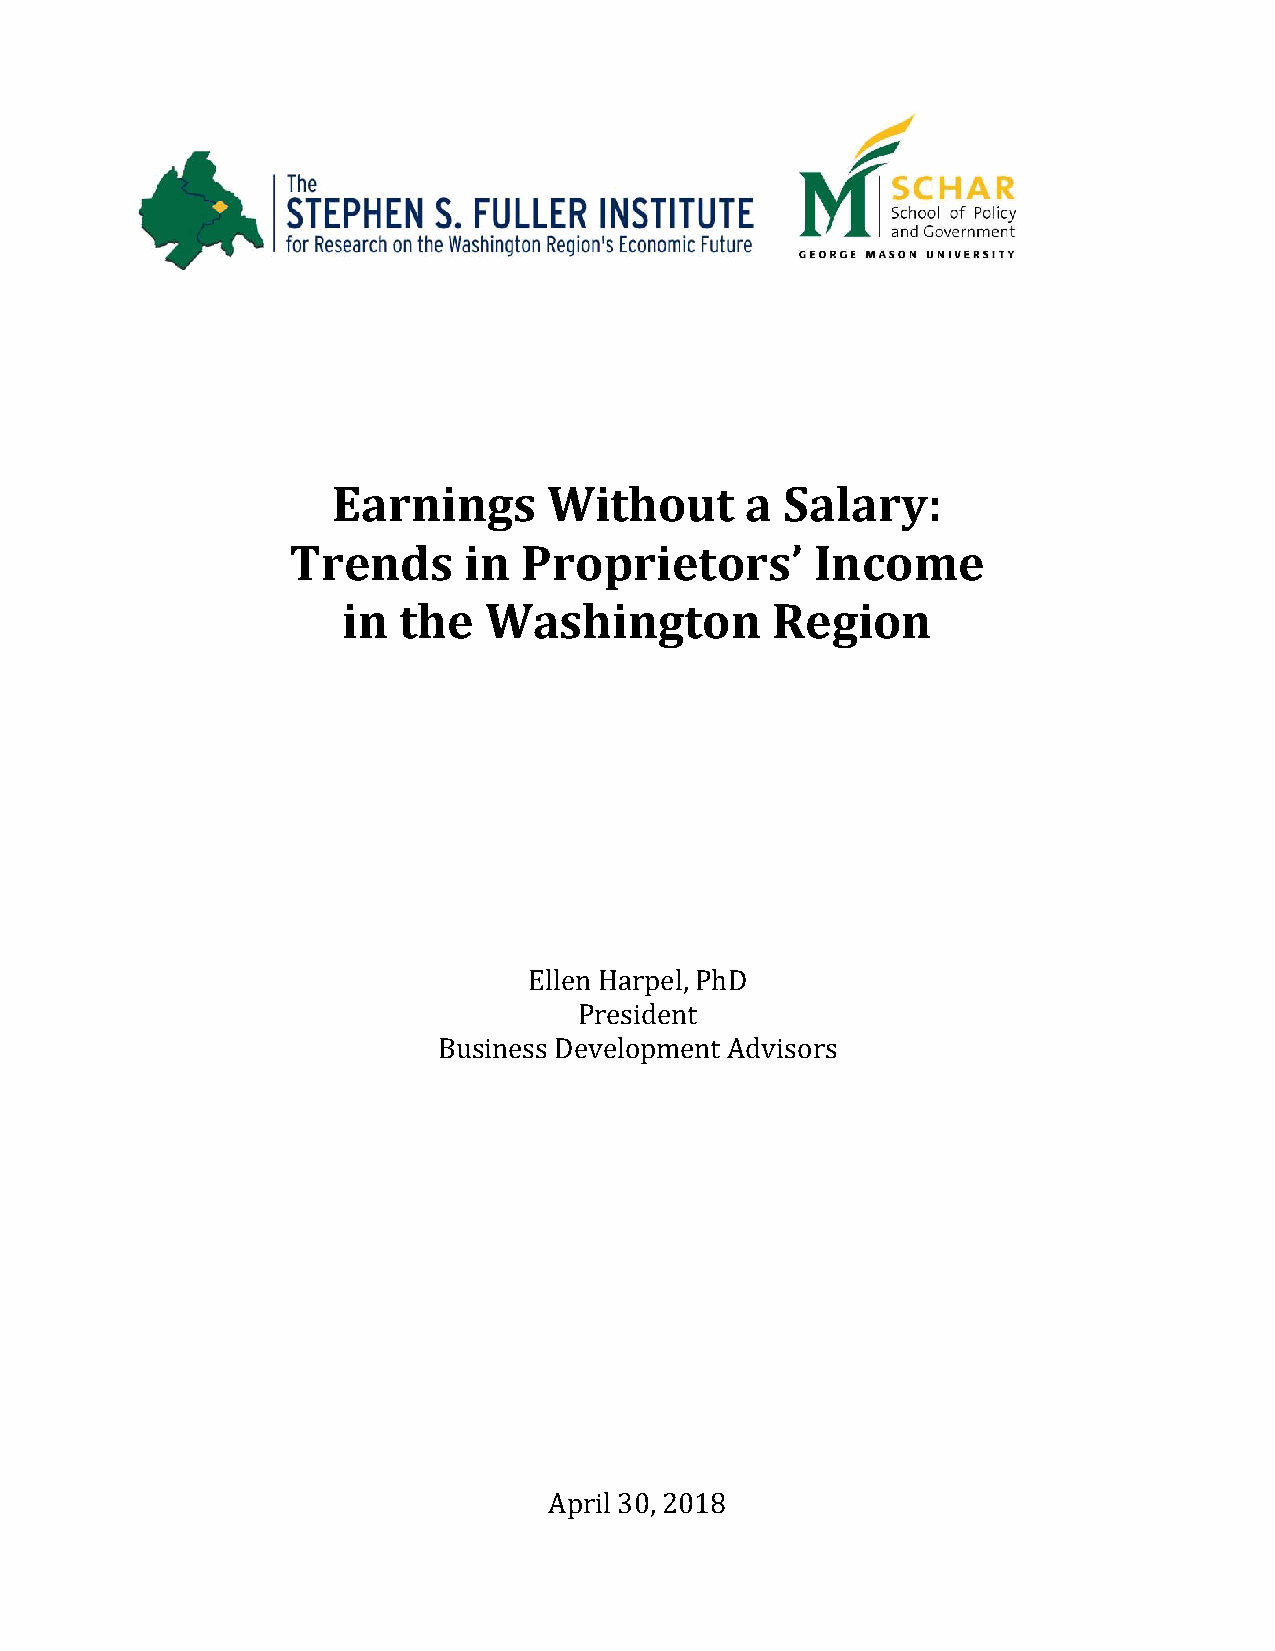
Earnings      Without      a  Salary:
 Trends      in  Proprietors’       Income
 in the   Washington         Region
 Ellen Harpel, PhD
 President
 Business Development Advisors
 April 30, 2018